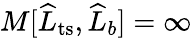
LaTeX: M[\widehat{L}_{\mathrm{ts}},\widehat{L}_{b}]=\infty